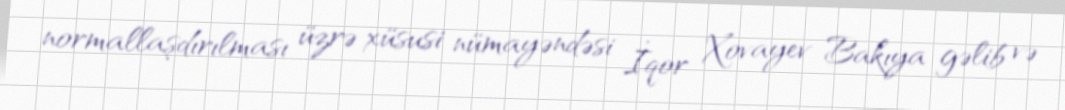
normallaşdırılması üzrə xüsusi nümayəndəsi İqor Xovayev Bakıya gəlib və